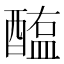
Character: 醢